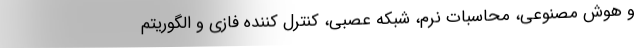
و هوش مصنوعی، محاسبات نرم، شبکه عصبی، کنترل کننده فازی و الگوریتم